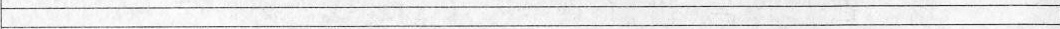
___